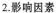
2.影响因素